Vaccination in Burma 1920-1933 - 1920-1933
Year: 1920
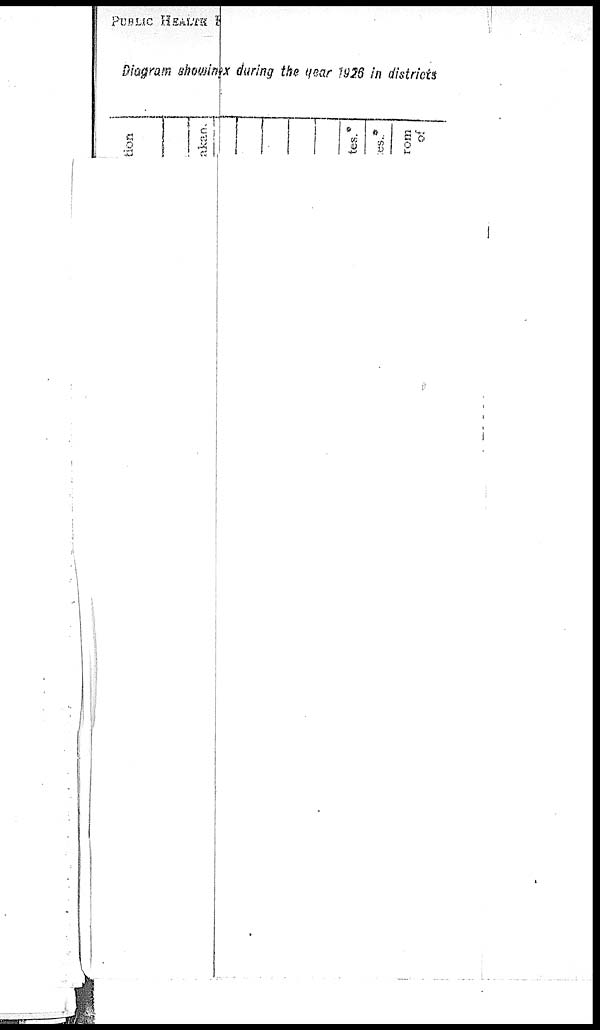
PUBLIC HEALTH